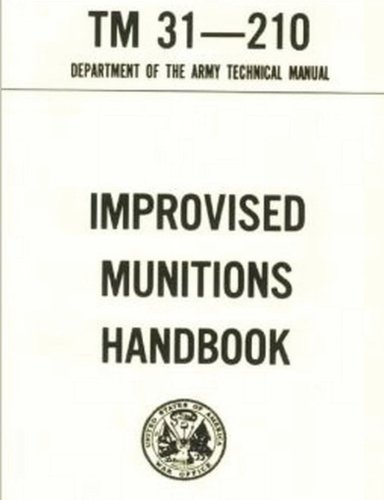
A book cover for U.S. Army Improvised Munitions Handbook; Department of the Army; Reference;